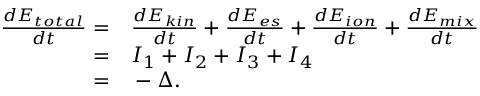
\begin{array} { r l } { \frac { d E _ { t o t a l } } { d t } = } & { { } \frac { d E _ { k i n } } { d t } + \frac { d E _ { e s } } { d t } + \frac { d E _ { i o n } } { d t } + \frac { d E _ { m i x } } { d t } } \\ { = } & { { } I _ { 1 } + I _ { 2 } + I _ { 3 } + I _ { 4 } } \\ { = } & { { } - \Delta . } \end{array}